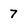
Character: 7